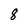
Character: 8